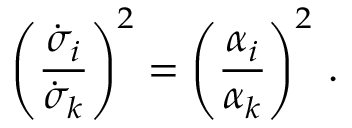
\left( \frac { \dot { \sigma } _ { i } } { \dot { \sigma } _ { k } } \right) ^ { 2 } = \left( \frac { \alpha _ { i } } { \alpha _ { k } } \right) ^ { 2 } \, .